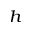
_ h